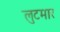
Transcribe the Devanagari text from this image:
लुटमार